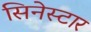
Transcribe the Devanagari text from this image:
सिनेस्टार